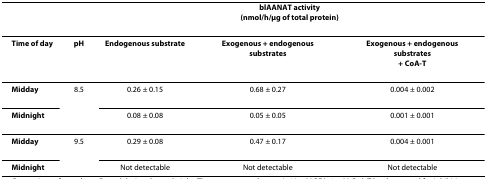
|  |  | <COLSPAN=3> blAANAT activity(nmol/h/μg of total protein) |
 | --- | --- | --- | --- | --- |
 | Time of day | pH | Endogenous substrate | Exogenous + endogenoussubstrates | Exogenous + endogenoussubstrates+ CoA-T |
 | Midday | 8.5 | 0.26 ± 0.15 | 0.68 ± 0.27 | 0.004 ± 0.002 |
 | Midnight |  | 0.08 ± 0.08 | 0.05 ± 0.05 | 0.001 ± 0.001 |
 | Midday | 9.5 | 0.29 ± 0.08 | 0.47 ± 0.17 | 0.004 ± 0.001 |
 | Midnight |  | Not detectable | Not detectable | Not detectable |